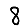
Digit: 8